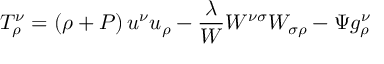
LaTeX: T _ { \rho } ^ { \nu } = \left( \rho + P \right) u ^ { \nu } u _ { \rho } - \frac \lambda W W ^ { \nu \sigma } W _ { \sigma \rho } - \Psi g _ { \rho } ^ { \nu }